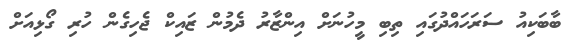
ބާބަކިއު ސަރަހައްދުގައި ތިބި މީހުނަށް އިންޒާރު ދެމުން ޒައިކް ޖެހިގެން ހުރި ގޯޅިއަށް